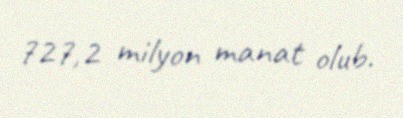
727,2 milyon manat olub.